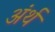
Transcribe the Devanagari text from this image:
अंर्थ